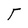
Character: T